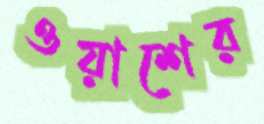
ওয়াশের